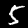
Label: 5